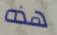
هذه